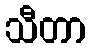
သီတာ